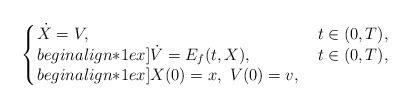
LaTeX: \begin{align*}\left\{\!\!\begin{array}{ll}\dot X=V,&\ t\in(0,T),\\begin{align*}1ex]\dot V = E_f(t,X),&\ t\in(0,T),\\begin{align*}1ex]X(0)=x,\ V(0)=v,\end{array}\right.\end{align*}